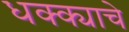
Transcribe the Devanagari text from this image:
धक्क्याचे